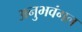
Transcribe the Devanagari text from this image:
अनुभवंगल